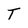
Character: T